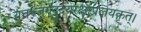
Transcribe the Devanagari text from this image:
यत्तज्जगदुदयरक्षाप्रलयकृत्।